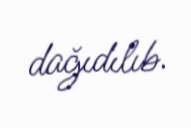
dağıdılıb.